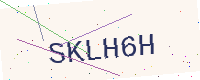
Text: SKLH6H